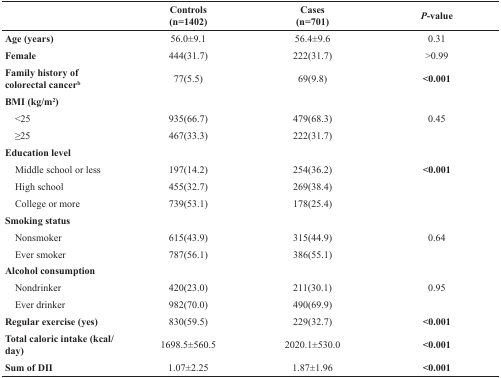
|  | Controls (n=1402) | Cases (n=701) | P-value |
 | --- | --- | --- | --- |
 | Age (years) | 56.0±9.1 | 56.4±9.6 | 0.31 |
 | Female | 444(31.7) | 222(31.7) | >0.99 |
 | Family history of colorectal cancerb | 77(5.5) | 69(9.8) | <0.001 |
 | BMI (kg/m2) |  |  |  |
 | <25 | 935(66.7) | 479(68.3) | 0.45 |
 | ≥25 | 467(33.3) | 222(31.7) |  |
 | Education level |  |  |  |
 | Middle school or less | 197(14.2) | 254(36.2) | <0.001 |
 | High school | 455(32.7) | 269(38.4) |  |
 | College or more | 739(53.1) | 178(25.4) |  |
 | Smoking status |  |  |  |
 | Nonsmoker | 615(43.9) | 315(44.9) | 0.64 |
 | Ever smoker | 787(56.1) | 386(55.1) |  |
 | Alcohol consumption |  |  |  |
 | Nondrinker | 420(23.0) | 211(30.1) | 0.95 |
 | Ever drinker | 982(70.0) | 490(69.9) |  |
 | Regular exercise (yes) | 830(59.5) | 229(32.7) | <0.001 |
 | Total caloric intake (kcal/day) | 1698.5±560.5 | 2020.1±530.0 | <0.001 |
 | Sum of DII | 1.07±2.25 | 1.87±1.96 | <0.001 |